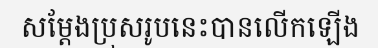
សម្តែងប្រុសរូបនេះបានលើកឡើង